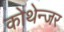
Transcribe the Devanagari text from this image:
कोथेन्जर